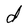
Character: d